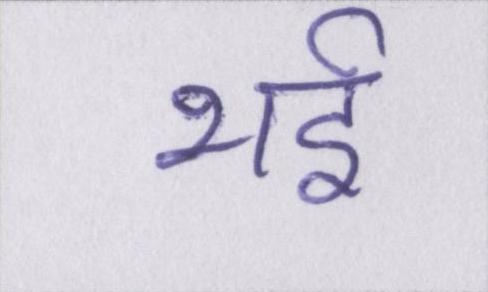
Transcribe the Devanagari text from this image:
भई